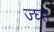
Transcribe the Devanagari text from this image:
ज्घ्त